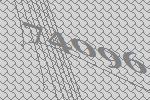
74096